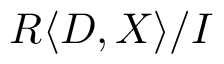
R \langle D , X \rangle / I